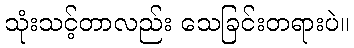
သုံးသင့်တာလည်း သေခြင်းတရားပဲ။